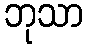
ဘုသာ